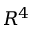
R ^ { 4 }